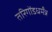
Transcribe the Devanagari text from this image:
तरिगोंडधर्मंन्न